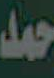
حمد